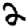
Digit: 2